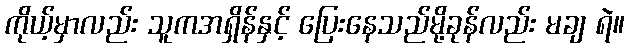
ကိုယ့်မှာလည်း သူကအရှိန်နှင့် ပြေးနေသည်မို့ခုန်လည်း မချ ရဲ။